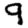
Digit: 9